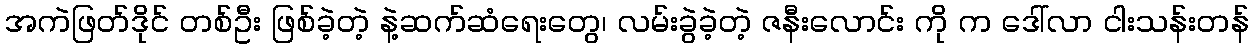
အကဲဖြတ်ဒိုင် တစ်ဦး ဖြစ်ခဲ့တဲ့ နဲ့ဆက်ဆံရေးတွေ၊ လမ်းခွဲခဲ့တဲ့ ဇနီးလောင်း ကို က ဒေါ်လာ ငါးသန်းတန်